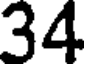
34